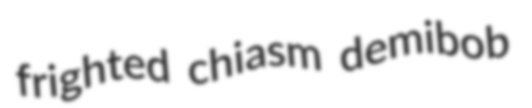
frighted chiasm demibob